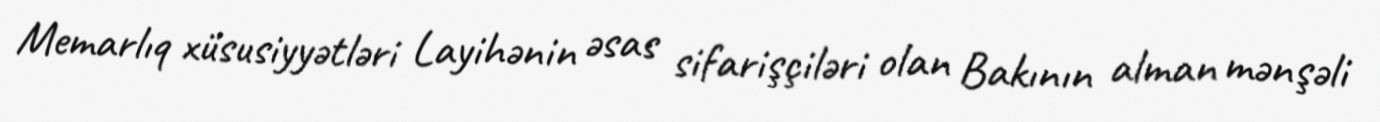
Memarlıq xüsusiyyətləri Layihənin əsas sifarişçiləri olan Bakının alman mənşəli